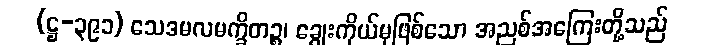
(ဋ္ဌ-၃၉၁) သေဒမလမက္ခိတဉ္စ၊ ချွေးကိုယ်မှဖြစ်သော အညစ်အကြေးတို့သည်